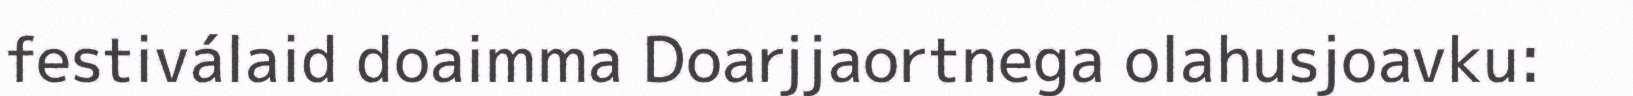
festiválaid doaimma Doarjjaortnega olahusjoavku: